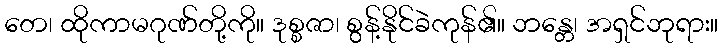
တေ၊ ထိုကာမဂုဏ်တို့ကို။ ဒုစ္စဇာ၊ စွန့်နိုင်ခဲကုန်၏။ ဘန္တေ၊ အရှင်ဘုရား။